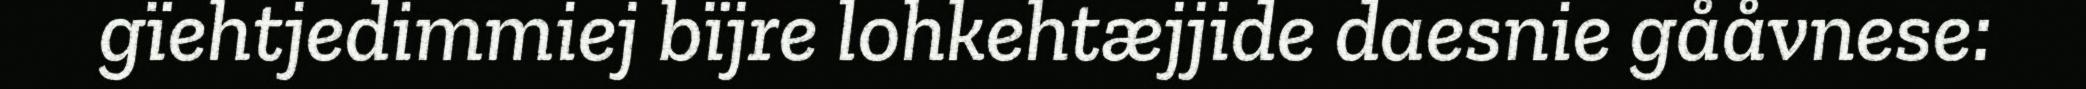
gïehtjedimmiej bïjre lohkehtæjjide daesnie gååvnese: